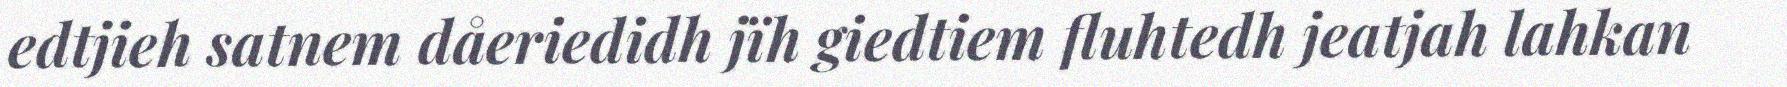
edtjieh satnem dåeriedidh jïh giedtiem fluhtedh jeatjah lahkan